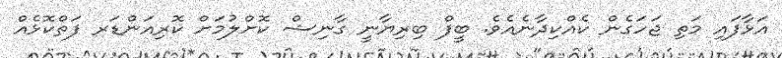
އަޅާފައި މަތި ޖަހަގެން ކެއްކިދާނެއެވެ. ބީފް ބިރިޔާނީ ގާނިޝް ކޮށްލުމަށް ކޮރިއަންޑަރ ފަތްކޮޅެއް